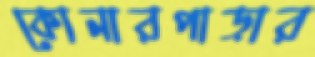
কোনারপাড়ার